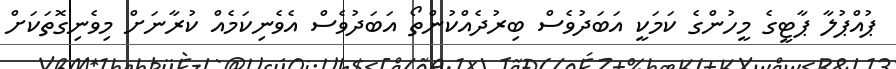
ޕުއްޕުލާ ޕާޓީގެ މީހުންގެ ކަމަކީ އަބަދުވެސް ބިރުދެއްކުންތޯ އަބަދުވެސް އެވެނިކަމެއް ކުރާނަށް މިވެނިގޮތަކަށް